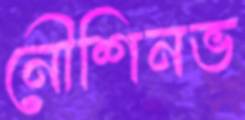
নৌশিনভ